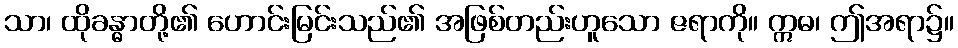
သာ၊ ထိုခန္ဓာတို့၏ ဟောင်းမြင်းသည်၏ အဖြစ်တည်းဟူသော ဇရာကို။ ဣဓ၊ ဤအရာ၌။